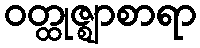
ဝတ္ထုဇ္ဈာစာရာ